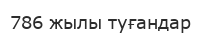
786 жылы туғандар